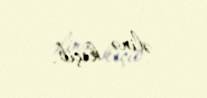
əlinə keçib.